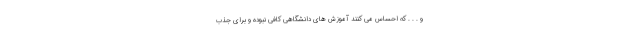
و . . . که احساس می کنند آموزش های دانشگاهی کافی نبوده و برای جذب